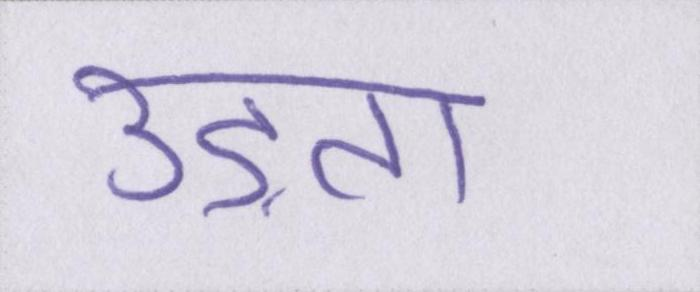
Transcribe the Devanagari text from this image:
उड़ता